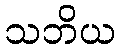
သဘိယ